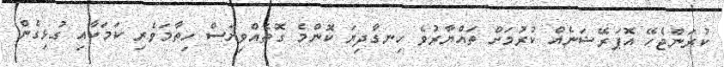
ކުރަންޖެހޭ އޮޕަރޭޝަނެއް ކުރުމަށް ތައްޔާރުވެ ހިނގާދިޔަ ކޮންމެ ގޮތެއްވިޔަސް ހިތާމަވެރި ކަމަކާއި ގުޅިގެން